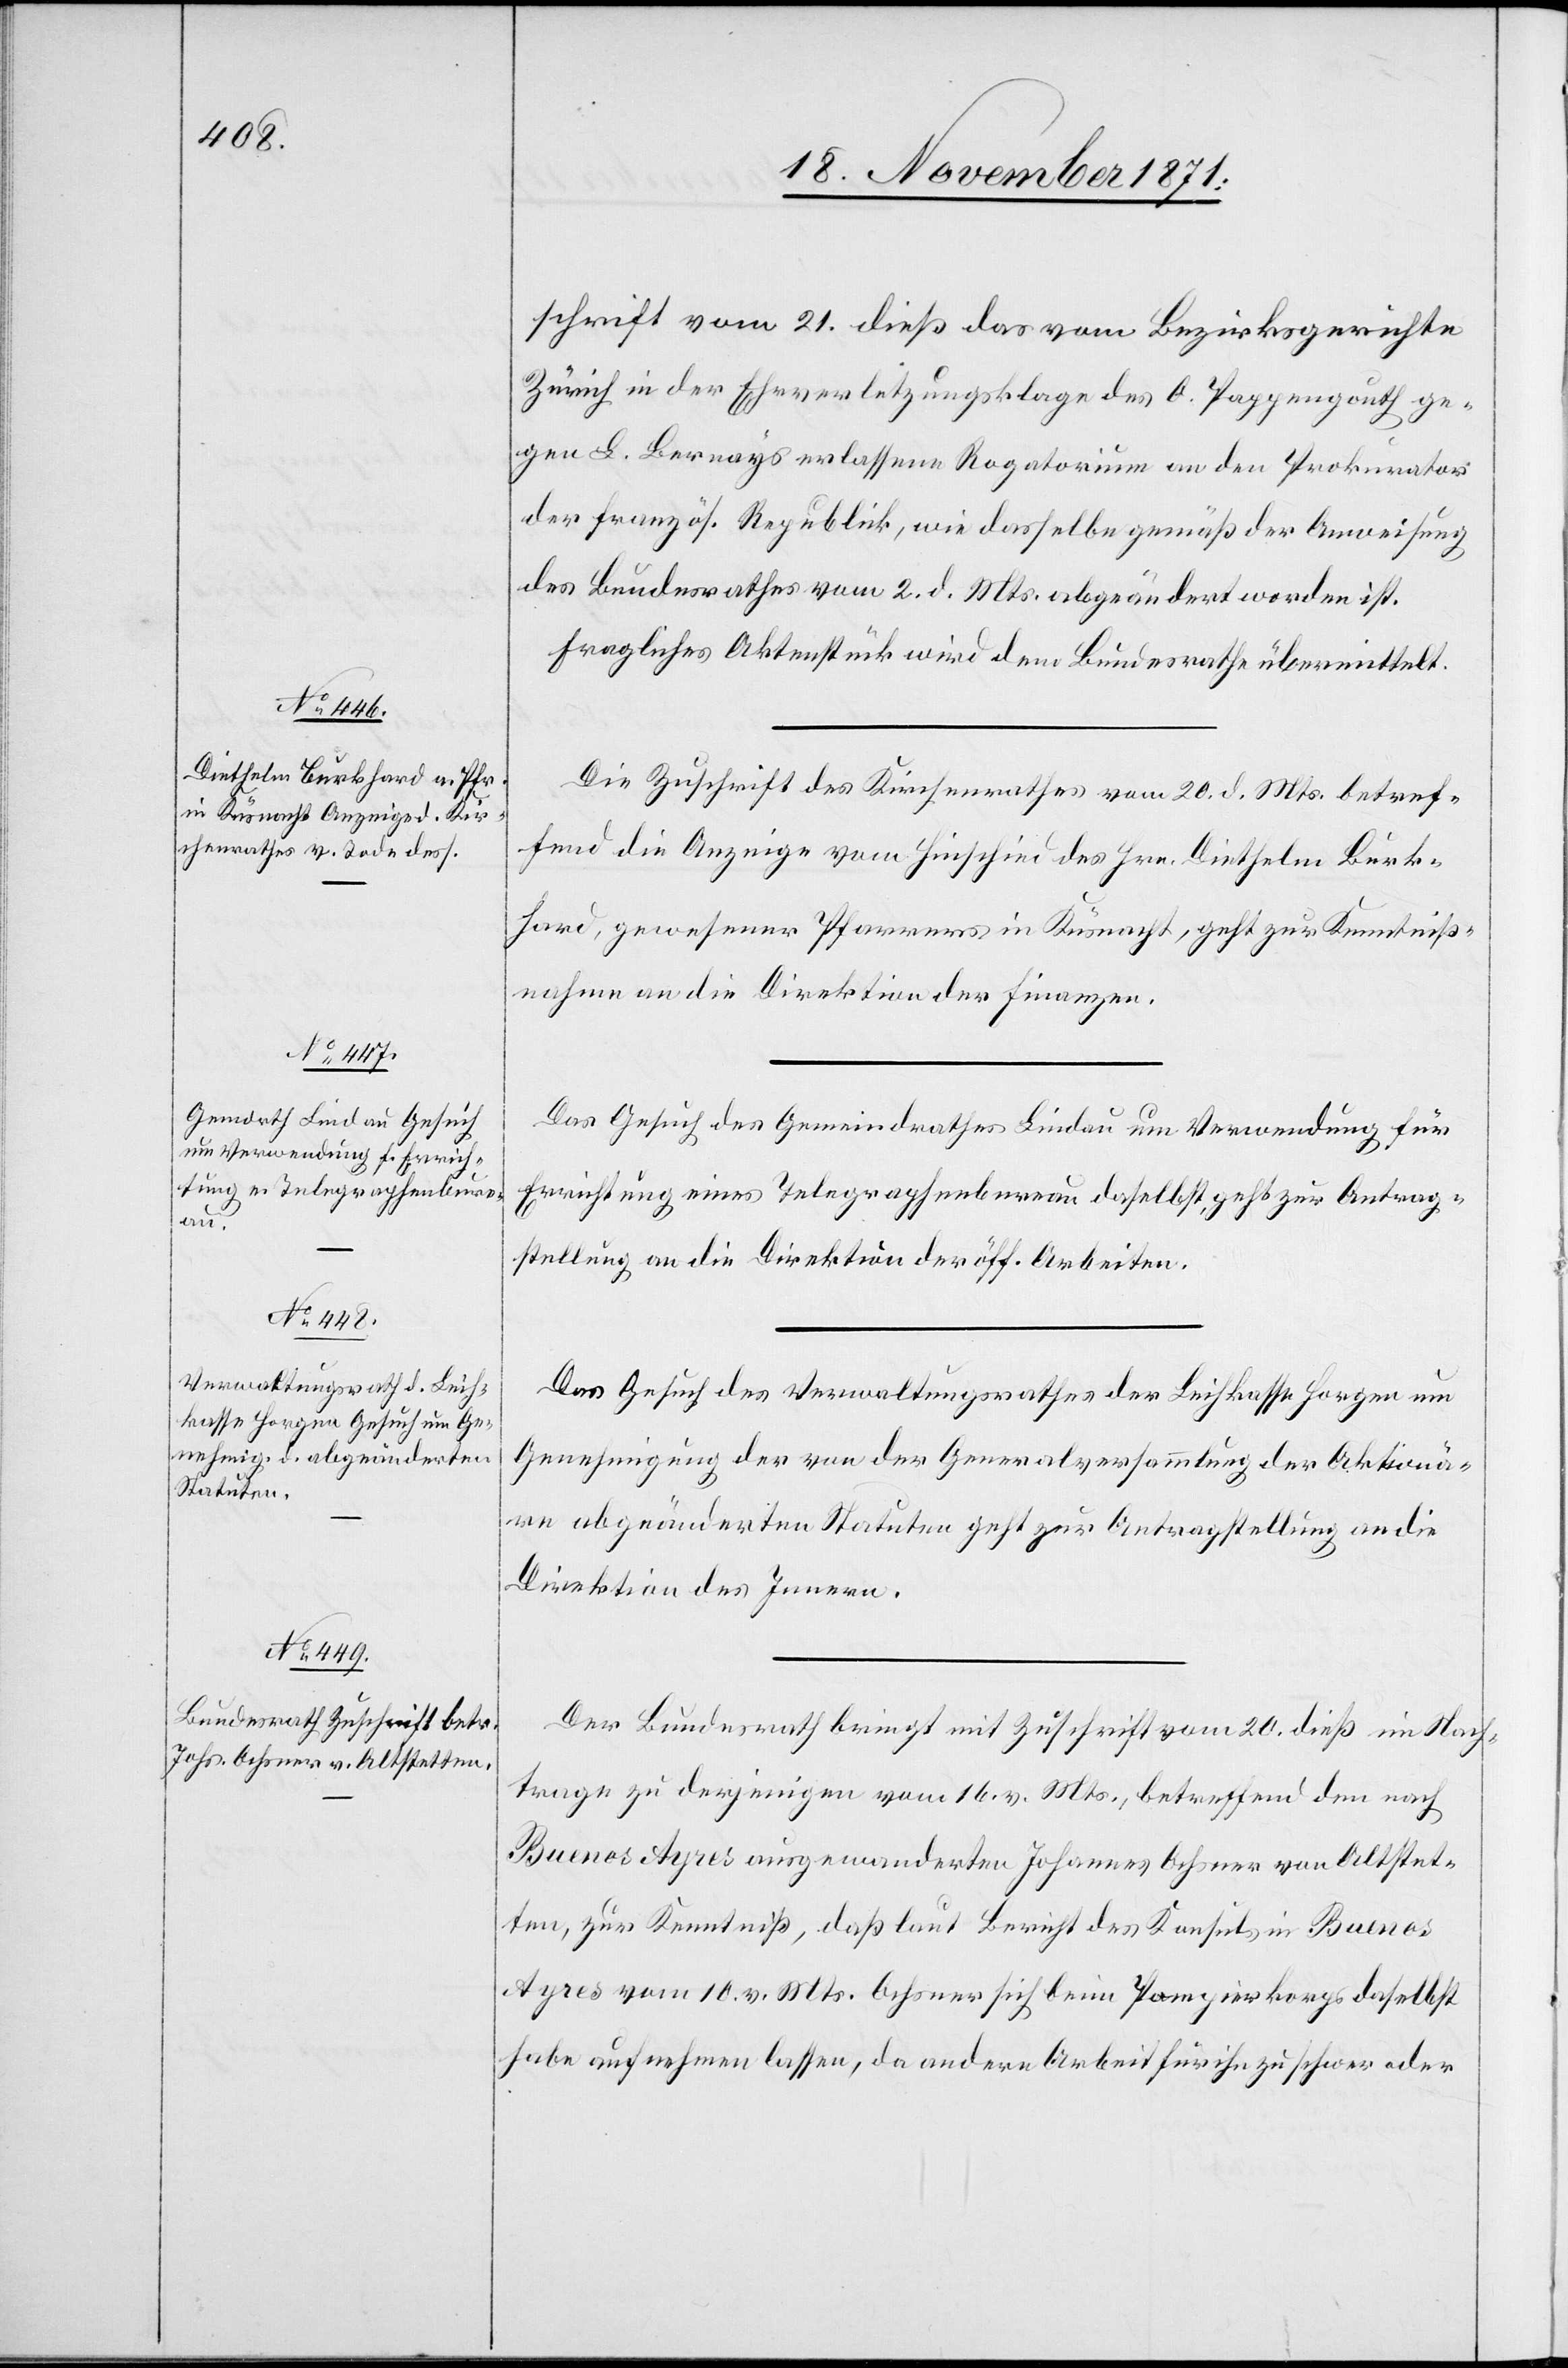
23. November 1871.]
schrift vom 21. dieß das vom Bezirksgerichte
Zürich in der Ehrverletzungsklage des O. Pappengauth ge¬
gen L. Bernays erlassene Rogatorium an den Prokurator
der französ. Republik, wie dasselbe gemäß der Ausweisung
des Bundesrathes vom 2. d. Mts. abgeändert worden ist.
Fragliches Aktenstück wird dem Bundesrathe übermittelt.
Die Zuschrift des Kirchenrathes vom 20. d. Mts. betref¬
fend die Anzeige vom Hinschied des Hrn. Diethelm Burk¬
hard, gewesener [sic!] Pfarrers in Küsnacht, geht zur Kenntniß¬
nahme an die Direktion der Finanzen.
Das Gesuch des Gemeindrathes Lindau um Verwendung für
Errichtung eines Telegraphenbureau daselbst geht zur Antrag¬
stellung an die Direktion der öff. Arbeiten.
Das Gesuch des Verwaltungsrathes der Leihkasse Horgen um
Genehmigung der von der Generalversammlung der Aktionä¬
re abgeänderten Statuten geht zur Antragstellung an die
Direktion des Innern.
Der Bundesrath bringt mit Zuschrift vom 20. dieß im Nach¬
trage zu derjenigen vom 16. v. Mts., betreffend den nach
Buenos Ayres ausgewanderten Johannes Ochsner von Altstet¬
ten, zur Kenntniß, daß laut Bericht des Konsuls in Buenos
Ayres vom 10. v. Mts. Ochsner sich beim Pompierkorps daselbst
habe aufnehmen lassen, da andere Arbeit für ihn zu schwer oder